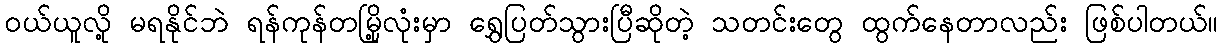
ဝယ်ယူလို့ မရနိုင်ဘဲ ရန်ကုန်တမြို့လုံးမှာ ရွှေပြတ်သွားပြီဆိုတဲ့ သတင်းတွေ ထွက်နေတာလည်း ဖြစ်ပါတယ်။